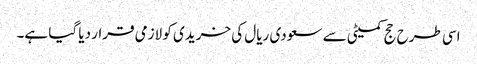
اسی طرح حج کمیٹی سے سعودی ریال کی خریدی کو لازمی قرار دیا گیا ہے۔